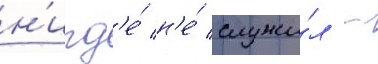
н'игд'е́ н'е́ служи́л -